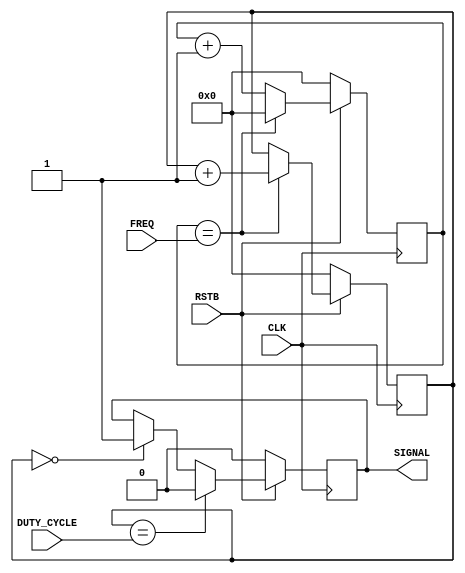
module pulse_width_modulator(CLK,RSTB,FREQ,DUTY_CYCLE,SIGNAL);
	input  wire CLK;              // The clock signal
	input  wire RSTB;             // Active-low reset signal
	input  wire [7:0] FREQ;       // Number of cycles per wave, multiple of 256
	input  wire [7:0] DUTY_CYCLE; // Length of duty cycle: 0=0%, 255=100%
   output reg SIGNAL;            // The signal as configured above
   
   // An internal counter running from 0 to the end of the 256-wave
   reg [7:0] counter;
   // An internal counter that goes from 0 to FREQ, allowing counter
   // to increment at different intervals.
   reg [7:0] freq_counter;
   
   always @(posedge(CLK)) begin
      if (~RSTB) begin
         SIGNAL <= 1'b0;
         counter <= 8'b0;
         freq_counter <= 8'b0;
      end else begin
         // Always set the signal to 1 when counter reaches 0
         if (counter == 8'b0) begin
            SIGNAL <= 1'b1;
         end
         // Once the counter reaches the shutoff point, set the
         // output signal to 0 immediately. Don't set the counter
         // to zero though -- the "off" portion of the cycle must
         // still be gone through. The counter will eventually
         // overflow to zero, starting the "up" of the next wave.
         if (counter == DUTY_CYCLE) begin
            SIGNAL <= 8'b0;
         end
         if (freq_counter == FREQ) begin
            freq_counter <= 8'b0;
            counter <= counter + 8'b1;
         end else begin
            freq_counter <= freq_counter + 8'b1;
         end
      end
   end

endmodule